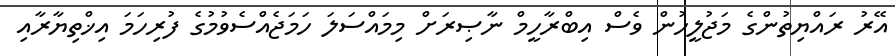
އޭރު ރައްޔިތުންގެ މަޖުލީހުން ވެސް އިބްރާހީމް ނާޞިރަށް މިމައްސަލަ ހަމަޖެއްސެވުމުގެ ފުރިހަމަ އިޚްތިޔާރާއި